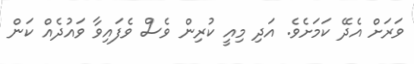
ވަރަށް އެދޭ ކަމަށެވެ. އަދި މިއީ ކުރިން ވެސް ވެފައިވާ ވައުދެއް ކަން